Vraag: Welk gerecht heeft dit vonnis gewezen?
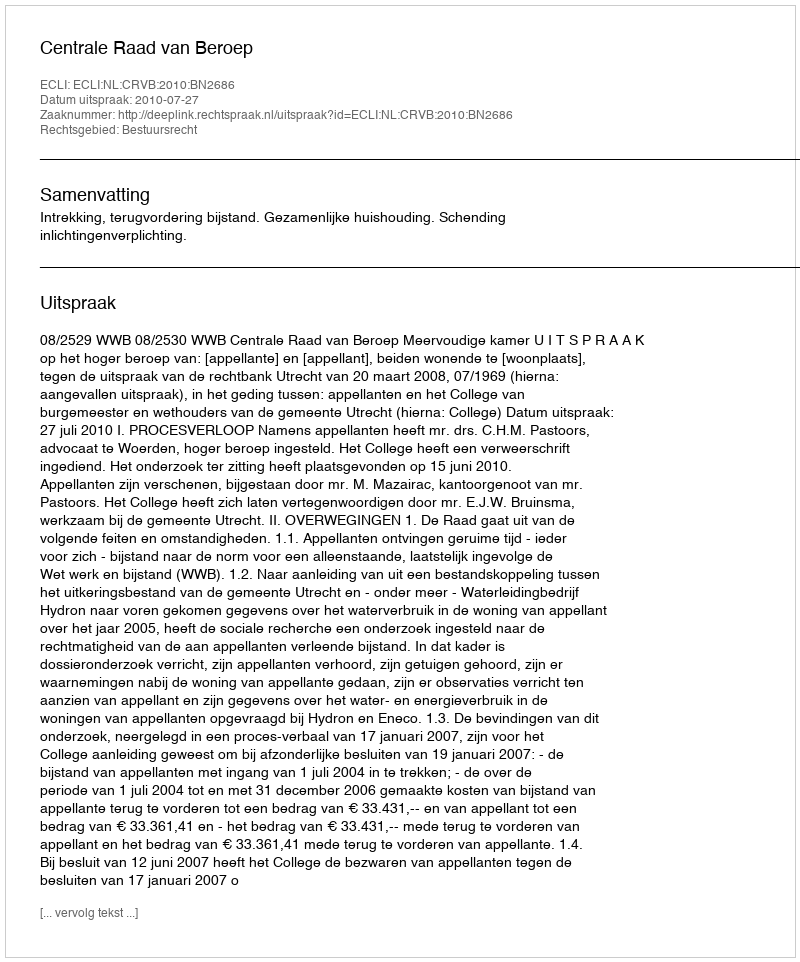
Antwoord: Centrale Raad van Beroep